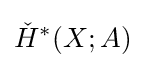
{\check {H}}^{*}(X;A)